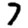
Digit: 7